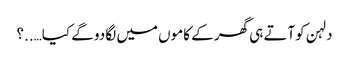
دلہن کوآتے ہی گھر کے کاموں میں لگا دو گے کیا…..؟